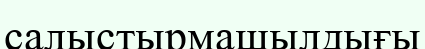
салыстырмашылдығы